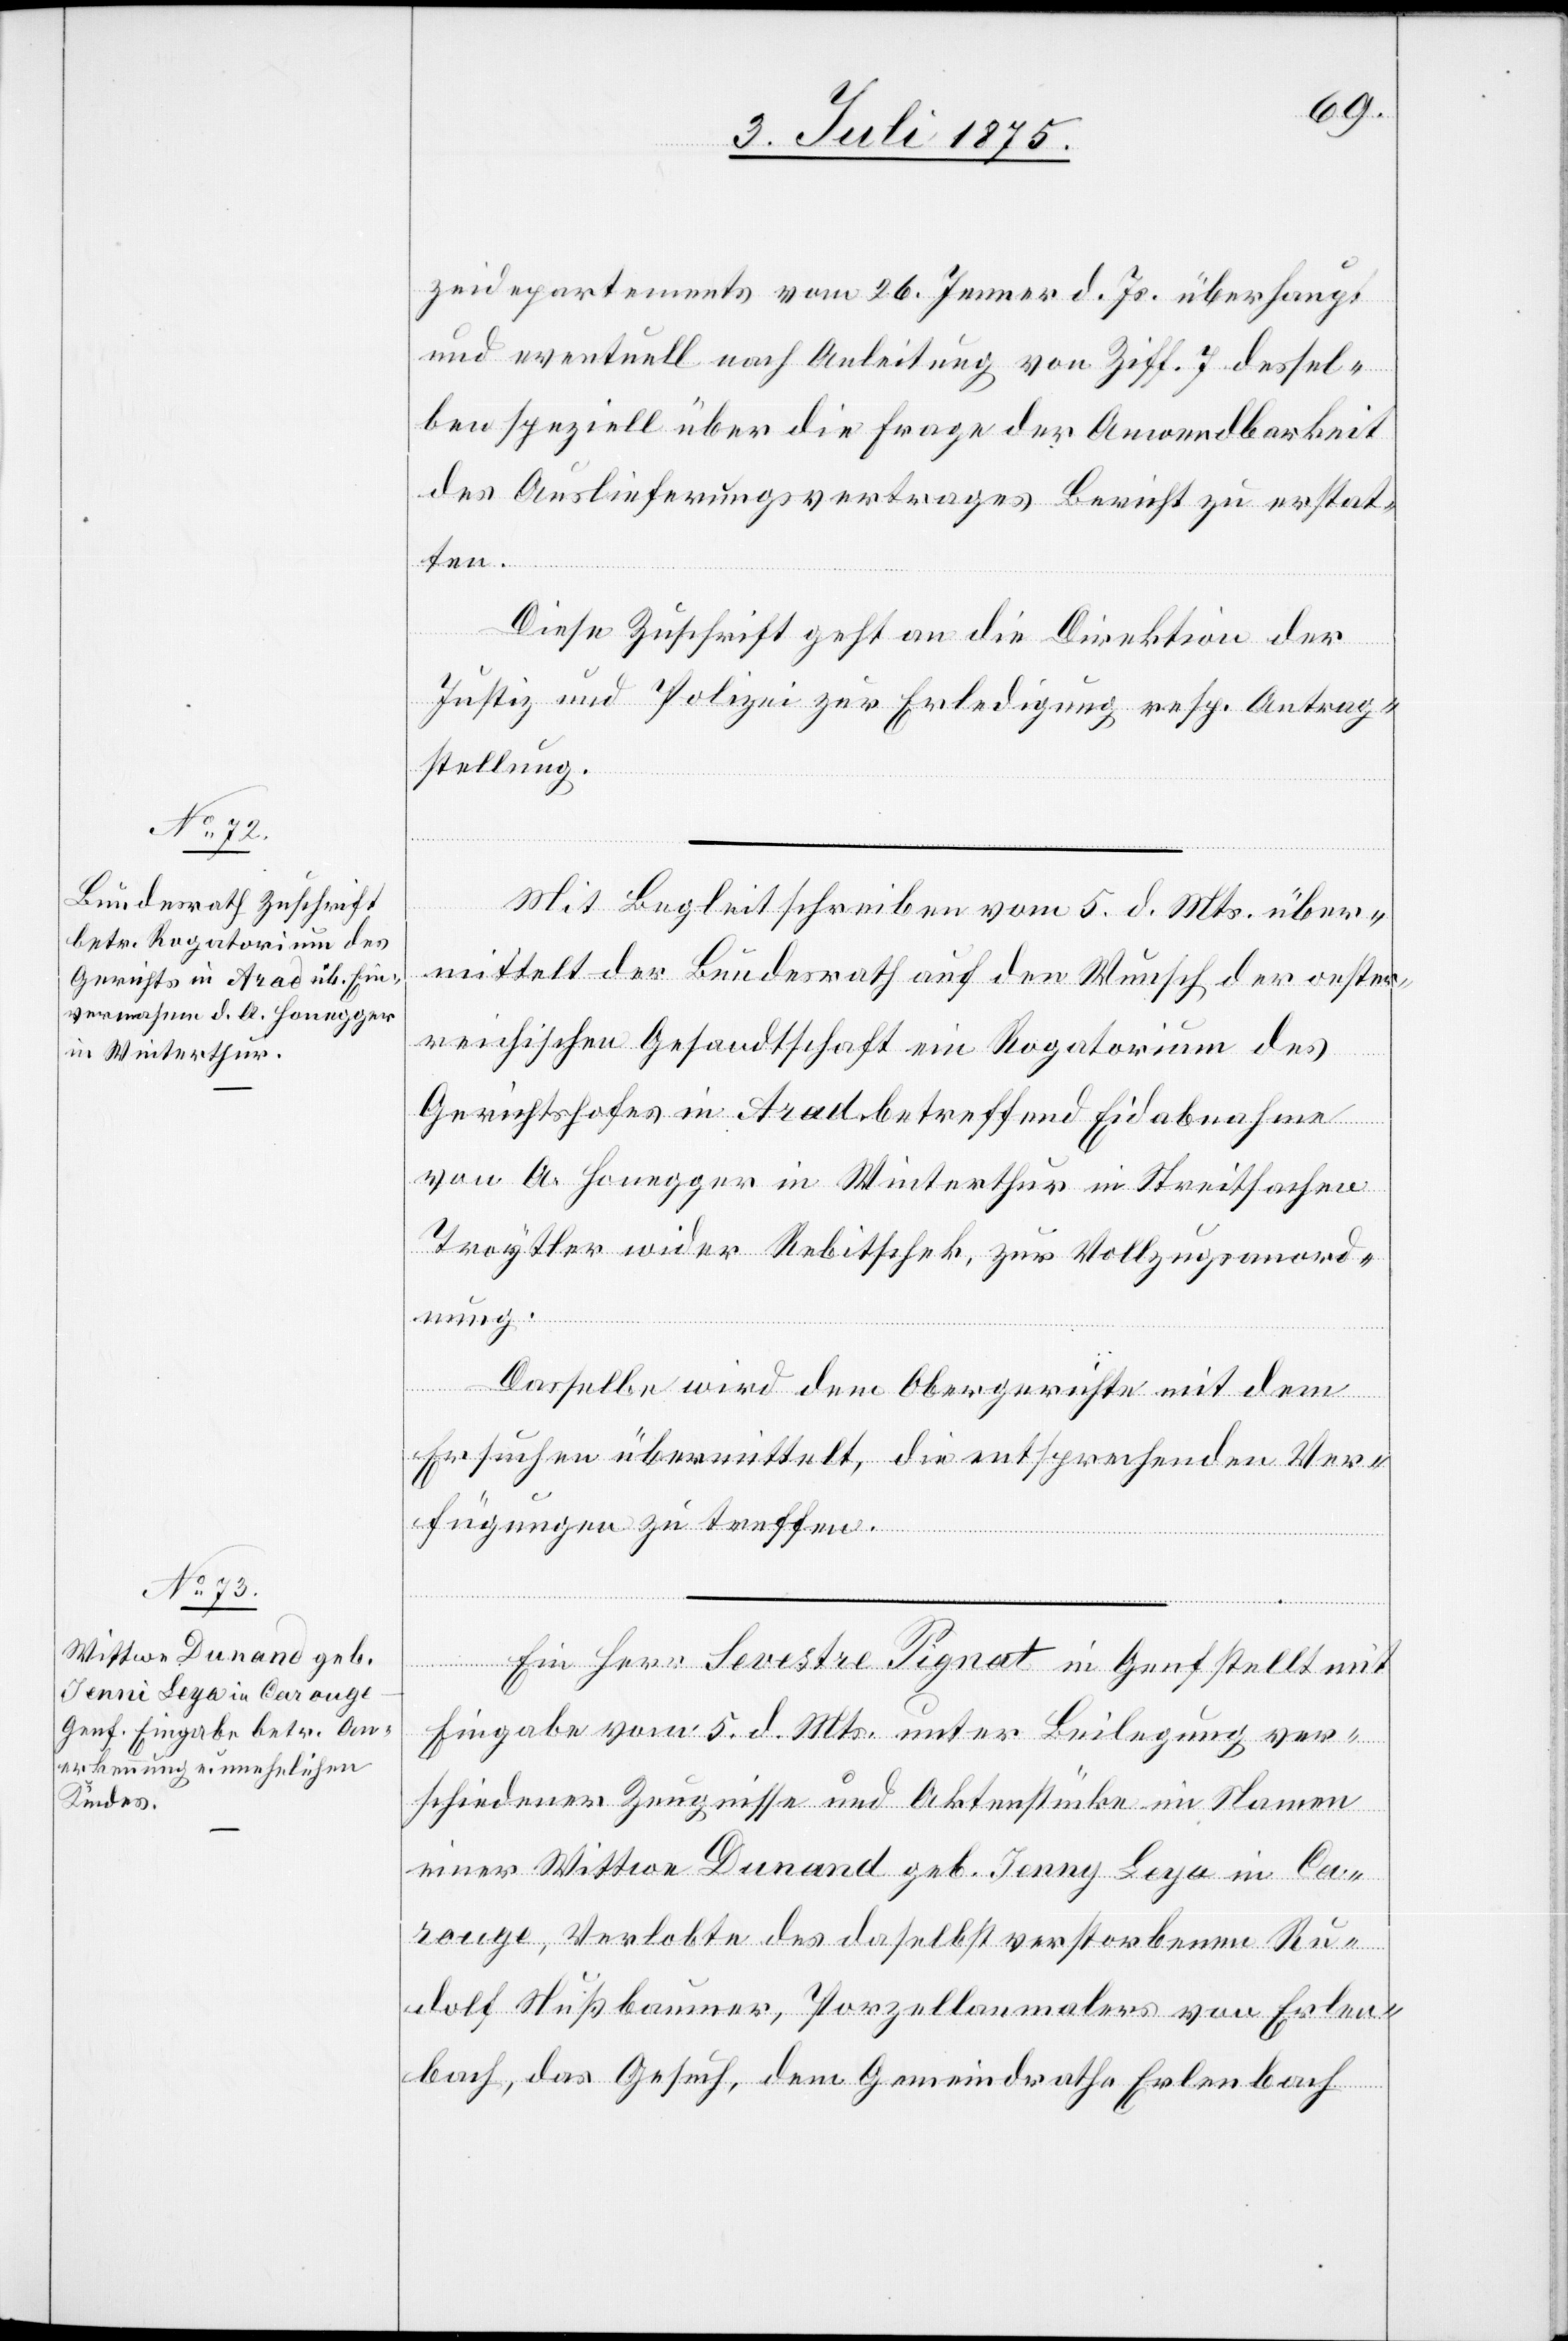
Wittwe Dunand geb.

8. Juli 1875.]
zeidepartements vom 26. Jenner d. Js. überhaupt
und eventuell nach Anleitung von Ziff. 7 dessel¬
ben speziell über die Frage der Anwendbarkeit
des Auslieferungsvertrages Bericht zu erstat¬
ten.
Diese Zuschrift geht an die Direktion der
Justiz und Polizei zur Erledigung resp. Antrag¬
stellung.
Mit Begleitschreiben vom 5. d. Mts. über¬
mittelt der Bundesrath auf den Wunsch der oester¬
reichischen Gesandtschaft ein Rogatorium des
Gerichtshofes in Arad betreffend Eidabnahme
von A. Honegger in Winterthur in Streitfrage
Troytler wider Rebitschek, zur Vollzugsanord¬
nung.
in
Dasselbe wird dem Obergerichte mit dem
Ersuchen übermittelt, die entsprechenden Ver¬
fügungen zu treffen.
Ein Herr Sevestre Pignat in Genf stellt mit
Eingabe vom 5. d. Mts. unter Beilegung ver¬
schiedener Zeugnisse und Aktenstücke im Namen
Carouge, Verlobte des daselbst verstorbenen Ru¬
dolf Nußbaumer, Porzellanmalers von Erlen¬
bach, das Gesuch, dem Gemeindrathe Erlenbach